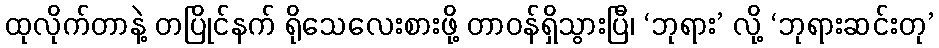
ထုလိုက်တာနဲ့ တပြိုင်နက် ရိုသေလေးစားဖို့ တာဝန်ရှိသွားပြီ၊ ‘ဘုရား’ လို့ ‘ဘုရားဆင်းတု’